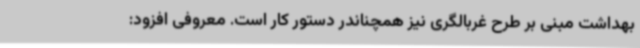
بهداشت مبنی بر طرح غربالگری نیز همچناندر دستور کار است. معروفی افزود: